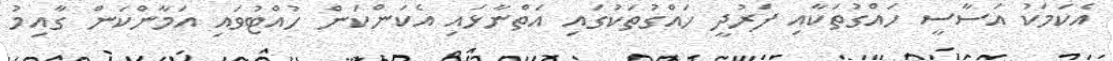
އެކަމަކު އަސާސީ ހައްގުތަކާއި ފަރުދީ ހައްގުތަކުގައި އަތްނާޅައި އެކަންކަން ހުއްޓުވައި އަމާންކަން ގާއިމު